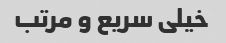
خیلی سریع و مرتب